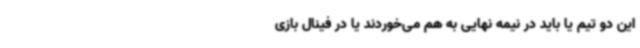
این دو تیم یا باید در نیمه نهایی به هم می‌خوردند یا در فینال بازی